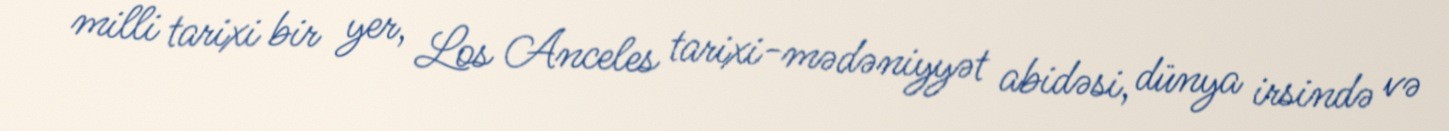
milli tarixi bir yer, Los Anceles tarixi-mədəniyyət abidəsi, dünya irsində və